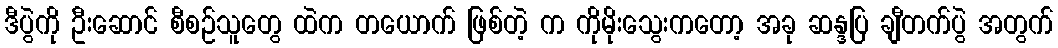
ဒီပွဲကို ဦးဆောင် စီစဉ်သူတွေ ထဲက တယောက် ဖြစ်တဲ့ က ကိုမိုးသွေးကတော့ အခု ဆန္ဒပြ ချီတက်ပွဲ အတွက်